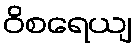
ဝိစရေယျ